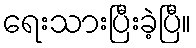
ရေးသားပြီးခဲ့ပြီ။